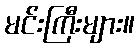
မင်းကြီးများ။